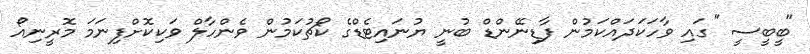
"ބީބީސީ" ގައި ވާހަކަދައްކަމުން ފާޑިނޭންޑް ބުނީ ޔުނައިޓެޑްގެ ކޯޗުކަމުން ވެންހާލް ވަކިކޮށްފިނަމަ މޮރީނިއޯ